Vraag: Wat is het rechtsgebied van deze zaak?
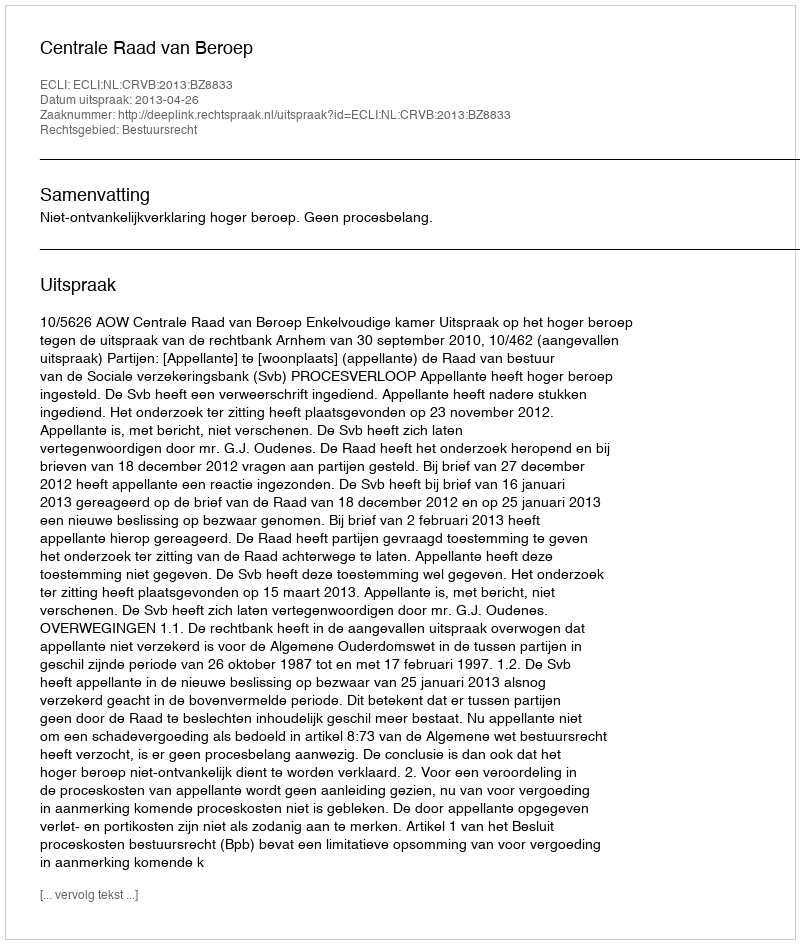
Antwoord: Bestuursrecht